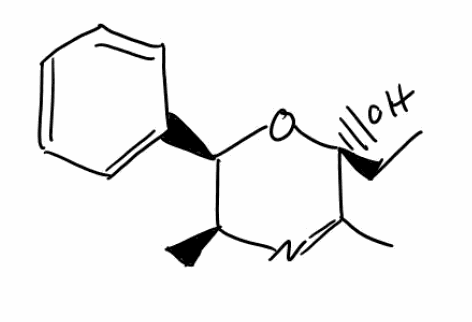
Simplified molecular-input line-entry system (SMILES) notation of the given molecule:
CC[C@]1(C(=N[C@H]([C@H](O1)C2=CC=CC=C2)C)C)O